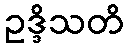
ဥဒ္ဒိသတိ